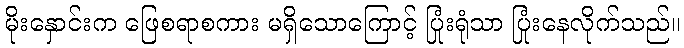
မိုးနှောင်းက ဖြေစရာစကား မရှိသောကြောင့် ပြုံးရုံသာ ပြုံးနေလိုက်သည်။